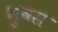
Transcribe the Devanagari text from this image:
भुवस